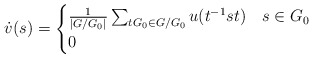
\begin{align*}\dot{v}(s)=\begin{cases} \frac{1}{|G/G_0|}\sum_{tG_0\in G/G_0}u(t^{-1}st) &s\in G_0 \\0 &\end{cases}\end{align*}